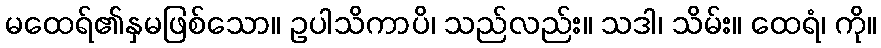
မထေရ်၏နှမဖြစ်သော။ ဥပါသိကာပိ၊ သည်လည်း။ သဒါ၊ သိမ်း။ ထေရံ၊ ကို။